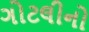
ગોટલીનો